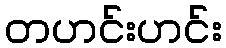
တဟင်းဟင်း